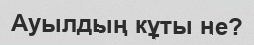
Ауылдың кұты не?